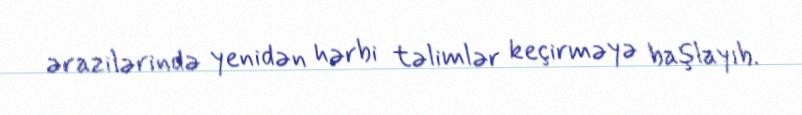
ərazilərində yenidən hərbi təlimlər keçirməyə başlayıb.